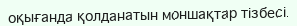
оқығанда қолданатын моншақтар тізбесі.